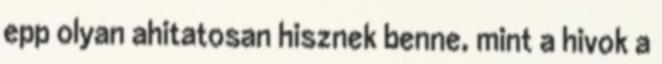
epp olyan ahitatosan hisznek benne, mint a hivok a